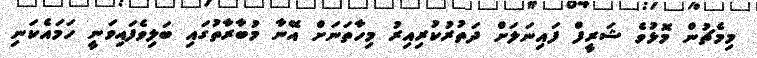
މިމެޗުން މޮޅުވެ ޝަރީފް ފައިނަލަށް ދަތުރުކުރިއިރު މިހާތަނަށް އޭނާ މުބާރާތުގައި ބަލިވެފައިވަނީ ހަމައެކަނި